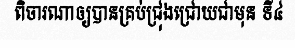
ពិចារណាឲ្យបានគ្រប់ជ្រុងជ្រោយជាមុន ទី៤